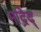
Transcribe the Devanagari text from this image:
मद्रिद्